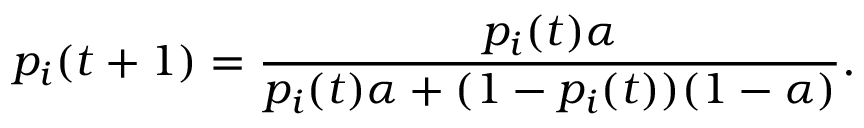
p _ { i } ( t + 1 ) = \frac { p _ { i } ( t ) \alpha } { p _ { i } ( t ) \alpha + ( 1 - p _ { i } ( t ) ) ( 1 - \alpha ) } .